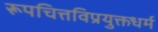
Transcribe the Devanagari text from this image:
रूपचित्तविप्रयुक्तधर्म